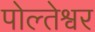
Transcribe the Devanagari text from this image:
पोल्तेश्वर